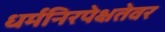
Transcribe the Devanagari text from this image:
धर्मनिरपेक्षतेवर